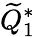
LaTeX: \widetilde{Q}_{1}^{*}